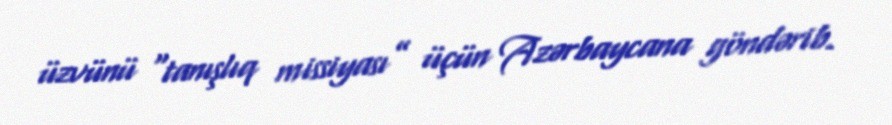
üzvünü “tanışlıq missiyası” üçün Azərbaycana göndərib.